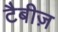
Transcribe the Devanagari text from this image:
टैबीज़